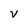
Character: V